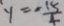
y = - \frac { 1 5 } { 4 }